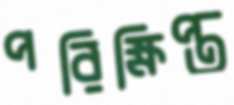
পরিক্ষিপ্ত